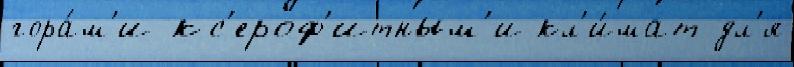
гора́м'и кс'ероф'итным'и кл'и́мат дл'я